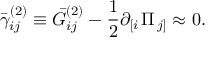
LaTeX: \bar { \gamma } _ { i j } ^ { ( 2 ) } \equiv \bar { G } _ { i j } ^ { ( 2 ) } - \frac 1 2 \partial _ { \left[ i \right. } \Pi _ { \left. j \right] } \approx 0 .